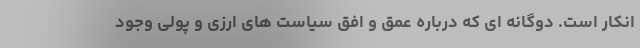
انکار است. دوگانه ای که درباره عمق و افق سیاست های ارزی و پولی وجود